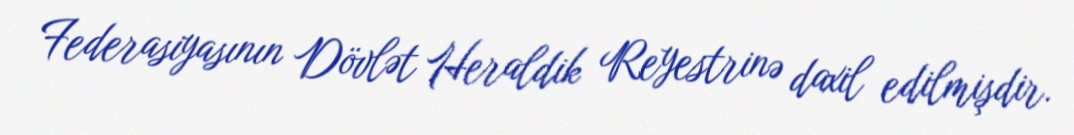
Federasiyasının Dövlət Heraldik Reyestrinə daxil edilmişdir.